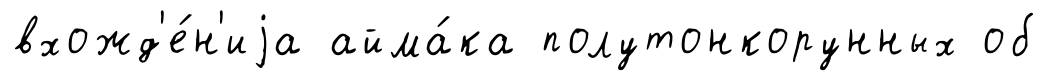
вхожд'е́н'иjа айма́ка полутонкорунных об